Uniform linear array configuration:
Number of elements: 12
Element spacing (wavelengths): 0.25
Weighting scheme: hamming
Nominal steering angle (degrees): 30
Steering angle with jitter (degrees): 28.581
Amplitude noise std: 0.05
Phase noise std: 0.05

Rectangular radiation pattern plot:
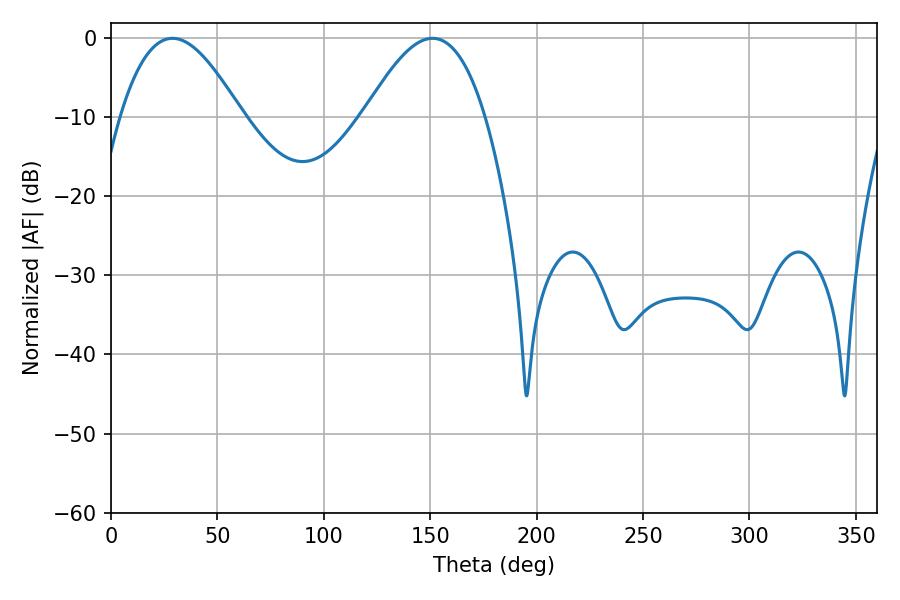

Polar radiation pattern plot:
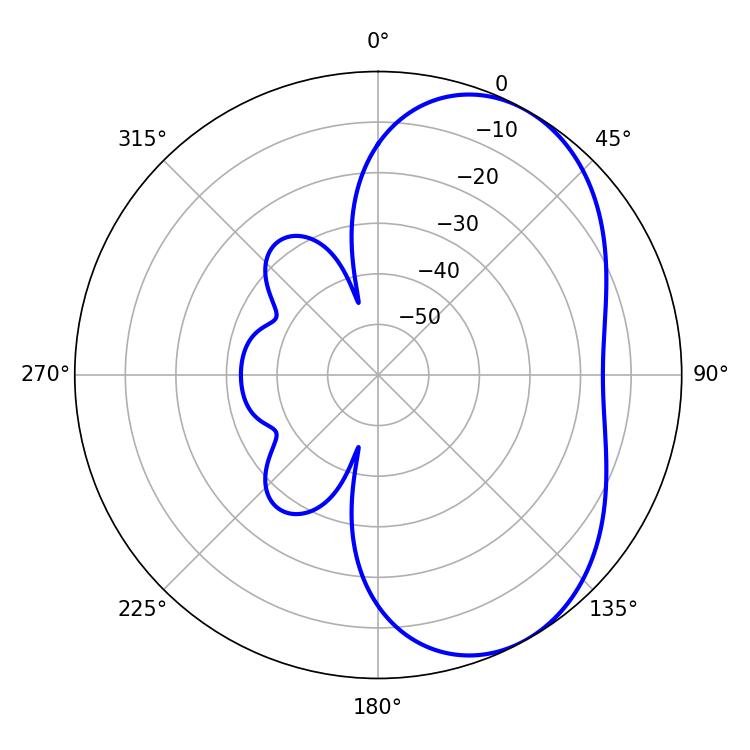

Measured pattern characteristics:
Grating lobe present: FALSE
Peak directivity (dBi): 5.081
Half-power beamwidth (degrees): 30.78
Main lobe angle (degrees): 28.98